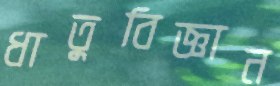
ধাতুবিজ্ঞান